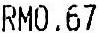
RM0.67